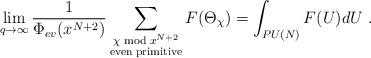
LaTeX: \begin{align*}\lim_{q \to \infty} \frac 1{\Phi_{ev}(x^{N+2})} \sum_{\substack{\chi\bmod x^{N+2}\\ {\rm even \; primitive} }} F(\Theta_\chi) =\int_{PU(N)}F(U)dU \;.\end{align*}